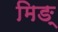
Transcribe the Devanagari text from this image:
मिङ्